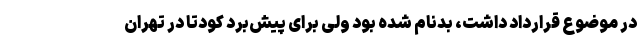
در موضوع قرارداد داشت، بدنام شده بود ولی برای پیش‌برد کودتا در تهران